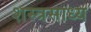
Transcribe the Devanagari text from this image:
शस्त्रसाध्य